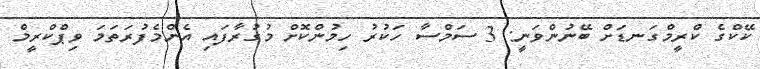
ކޭކްގެ ކްރީމްގަނޑަށް ބޭނުންވަނީ: 3 ސަމްސާ ހަކުރު ހިމުންކޮށް މުގުރާފައި އެންމެފުރަތަމަ ވިޕްކްރީމް